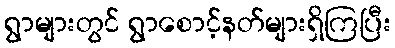
ရွာများတွင် ရွာစောင့်နတ်များရှိကြပြီး